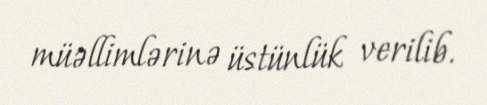
müəllimlərinə üstünlük verilib.